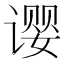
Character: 𬤚